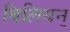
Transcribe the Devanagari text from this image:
बिलियन्